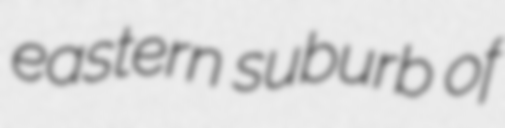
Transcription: eastern suburb of